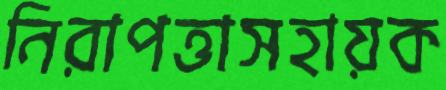
নিরাপত্তাসহায়ক